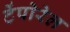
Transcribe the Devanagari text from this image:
टेंपोरेल